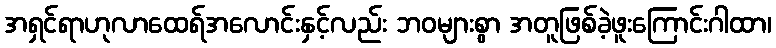
အရှင်ရာဟုလာထေရ်အလောင်းနှင့်လည်း ဘဝများစွာ အတူဖြစ်ခဲ့ဖူးကြောင်းဂါထာ၊